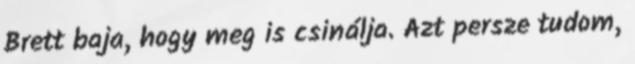
Brett baja, hogy meg is csinálja. Azt persze tudom,